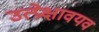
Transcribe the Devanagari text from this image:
उत्प्रेक्षावयव